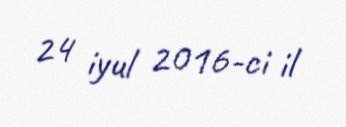
24 iyul 2016-ci il